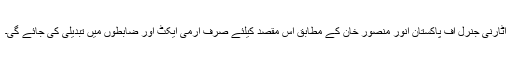
اٹارنی جنرل آف پاکستان انور منصور خان کے مطابق اس مقصد کیلئے صرف آرمی ایکٹ اور ضابطوں میں تبدیلی کی جائے گی۔